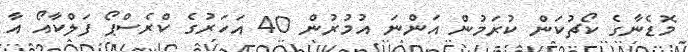
މޮޑެނާގެ ކޯޗުކަން ކުރަމުން އަންނަ އުމުރުން 40 އަހަރުގެ ކްރެސްޕޯ ފަލްކާއޯ އާ